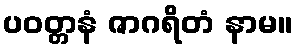
ပဝတ္တနံ ဇာဂရိတံ နာမ။